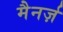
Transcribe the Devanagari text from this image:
मैनर्ज़